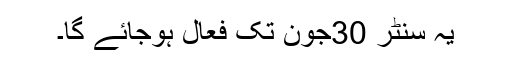
یہ سنٹر 30جون تک فعال ہوجائے گا۔